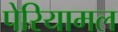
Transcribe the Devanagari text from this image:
पेरियामल